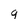
Character: 9